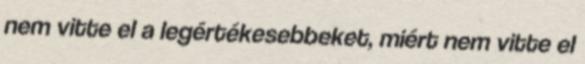
nem vitte el a legértékesebbeket, miért nem vitte el